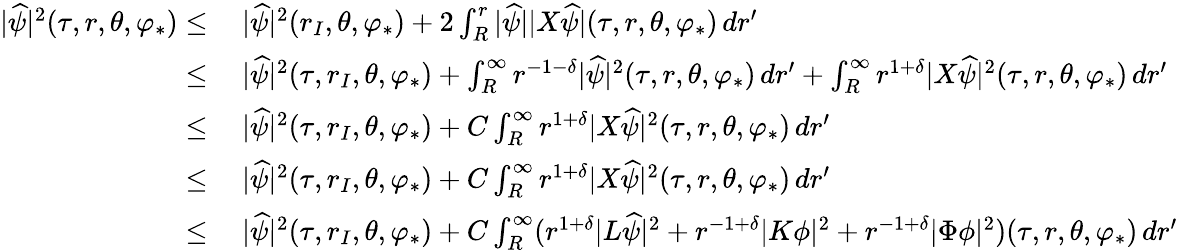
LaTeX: \begin{array}{rl}{|\widehat{\psi}|^{2}(\tau,r,\theta,\varphi_{*})\leq}&{\: |\widehat{\psi}|^{2}(r_{I},\theta,\varphi_{*})+2\int_{R}^{r}|\widehat{\psi}||X\widehat{\psi}|(\tau,r,\theta,\varphi_{*})\, dr^{\prime}}\\ {\leq}&{\: |\widehat{\psi}|^{2}(\tau,r_{I},\theta,\varphi_{*})+\int_{R}^{\infty}r^{-1-\delta}|\widehat{\psi}|^{2}(\tau,r,\theta,\varphi_{*})\, dr^{\prime}+\int_{R}^{\infty}r^{1+\delta}|X\widehat{\psi}|^{2}(\tau,r,\theta,\varphi_{*})\, dr^{\prime}}\\ {\leq}&{\: |\widehat{\psi}|^{2}(\tau,r_{I},\theta,\varphi_{*})+C\int_{R}^{\infty}r^{1+\delta}|X\widehat{\psi}|^{2}(\tau,r,\theta,\varphi_{*})\, dr^{\prime}}\\ {\leq}&{\: |\widehat{\psi}|^{2}(\tau,r_{I},\theta,\varphi_{*})+C\int_{R}^{\infty}r^{1+\delta}|X\widehat{\psi}|^{2}(\tau,r,\theta,\varphi_{*})\, dr^{\prime}}\\ {\leq}&{\: |\widehat{\psi}|^{2}(\tau,r_{I},\theta,\varphi_{*})+C\int_{R}^{\infty}(r^{1+\delta}|L\widehat{\psi}|^{2}+r^{-1+\delta}|K\phi|^{2}+r^{-1+\delta}|\Phi\phi|^{2})(\tau,r,\theta,\varphi_{*})\, dr^{\prime}}\end{array}